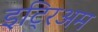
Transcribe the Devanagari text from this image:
इट्रिअम